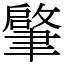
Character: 𦘦